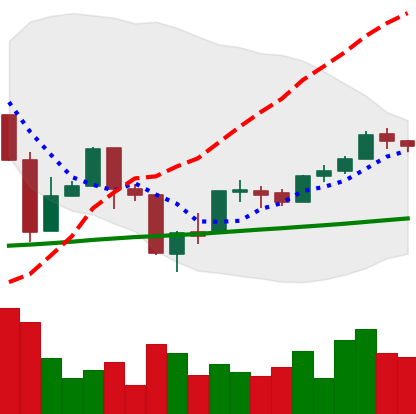
Ticker: BTC-USD
Chart end date: 2017-04-05
Forward return: 5.543%
Label: up_5_7